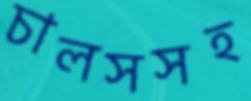
চালসসহ